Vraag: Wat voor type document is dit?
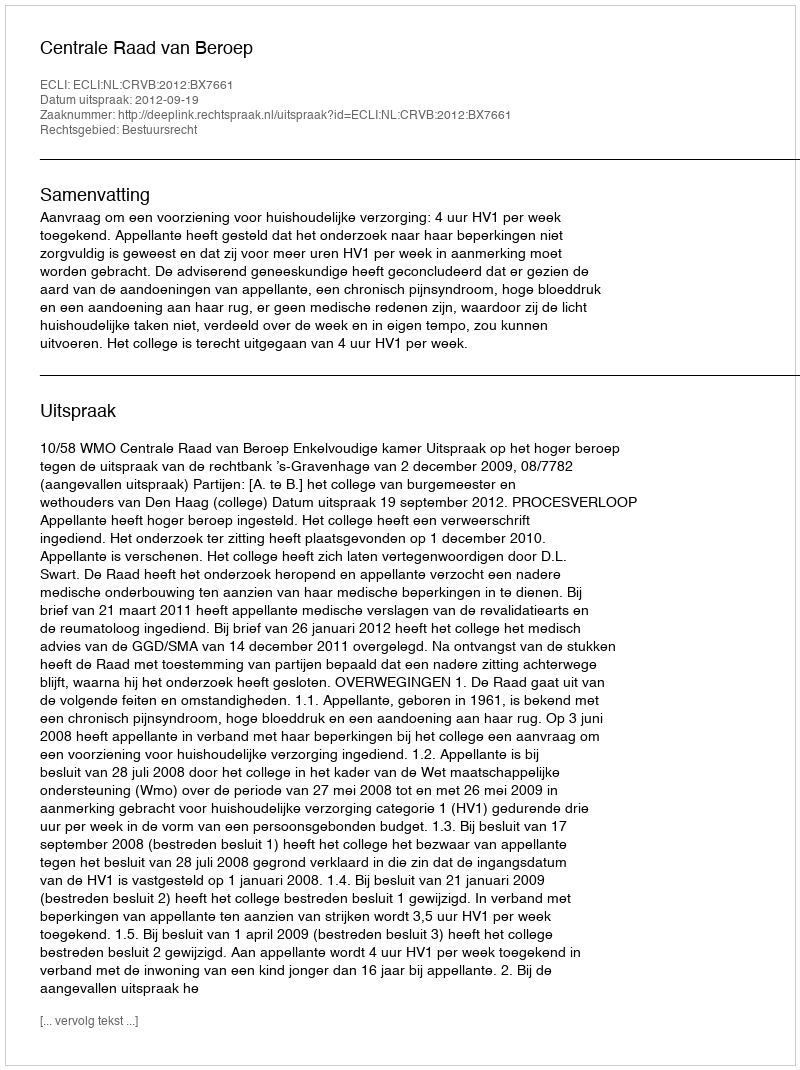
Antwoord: Uitspraak